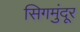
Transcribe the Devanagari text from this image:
सिगमुंदूर